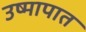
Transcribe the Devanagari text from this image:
उष्मापात